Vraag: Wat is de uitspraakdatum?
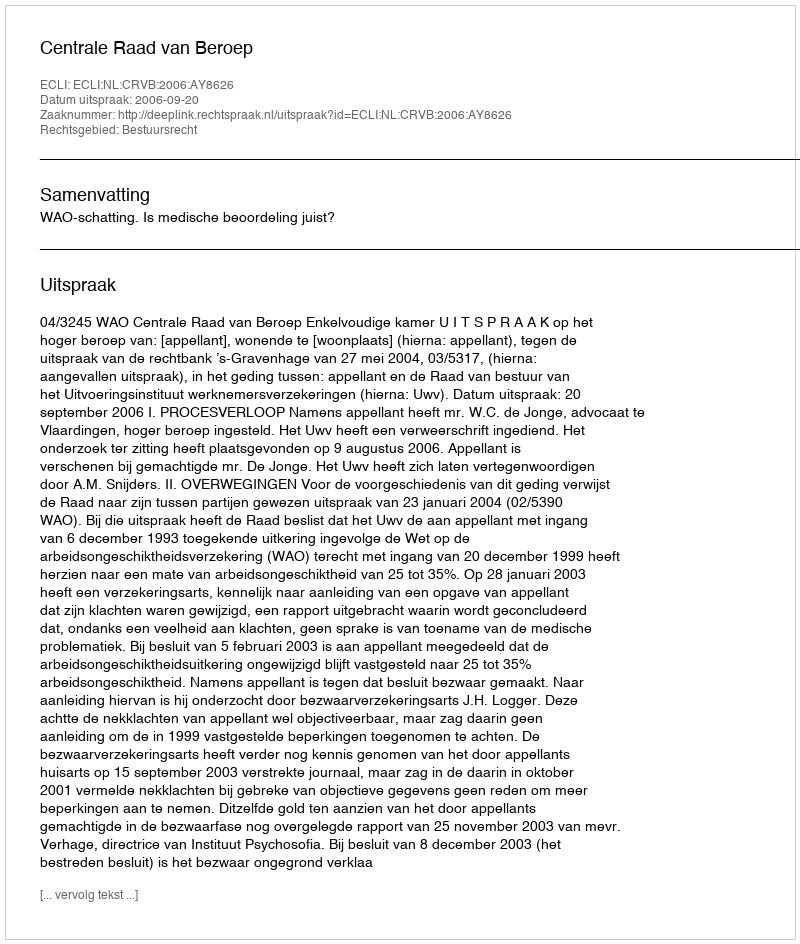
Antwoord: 2006-09-20